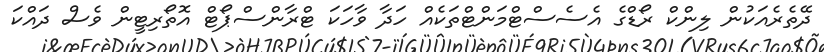
ދޭތެރެއަކުން ލިންކް ރޯޑްގެ އެސެސްޓްމަންޓްތަކެއް ހަދާ ވާހަކަ ޓްރާންސްޕޯޓް އޮތޯރިޓީން ވެސް ދައްކަ